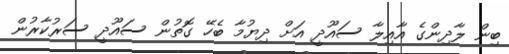
ބިން ލާދިންގެ އާއިލާ ސައޫދީ އަށް ދިޔުމާ ބެހޭ ގޮތުން ސައޫދީ ސަރުކާރުން